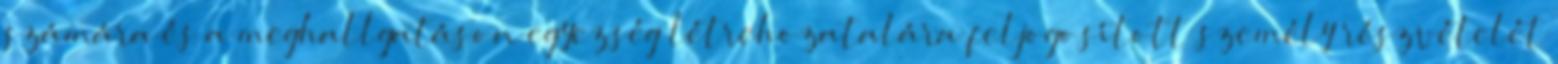
számára és a meghallgatáson egyezség létrehozatalára feljogosított személy részvételét